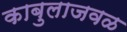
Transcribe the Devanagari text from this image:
काबुलाजवळ